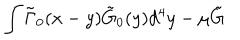
\int \tilde { \Gamma } _ { 0 } ( x - y ) \tilde { G } _ { 0 } ( y ) d ^ { 4 } y - \mu \tilde { G }